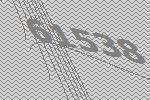
61538